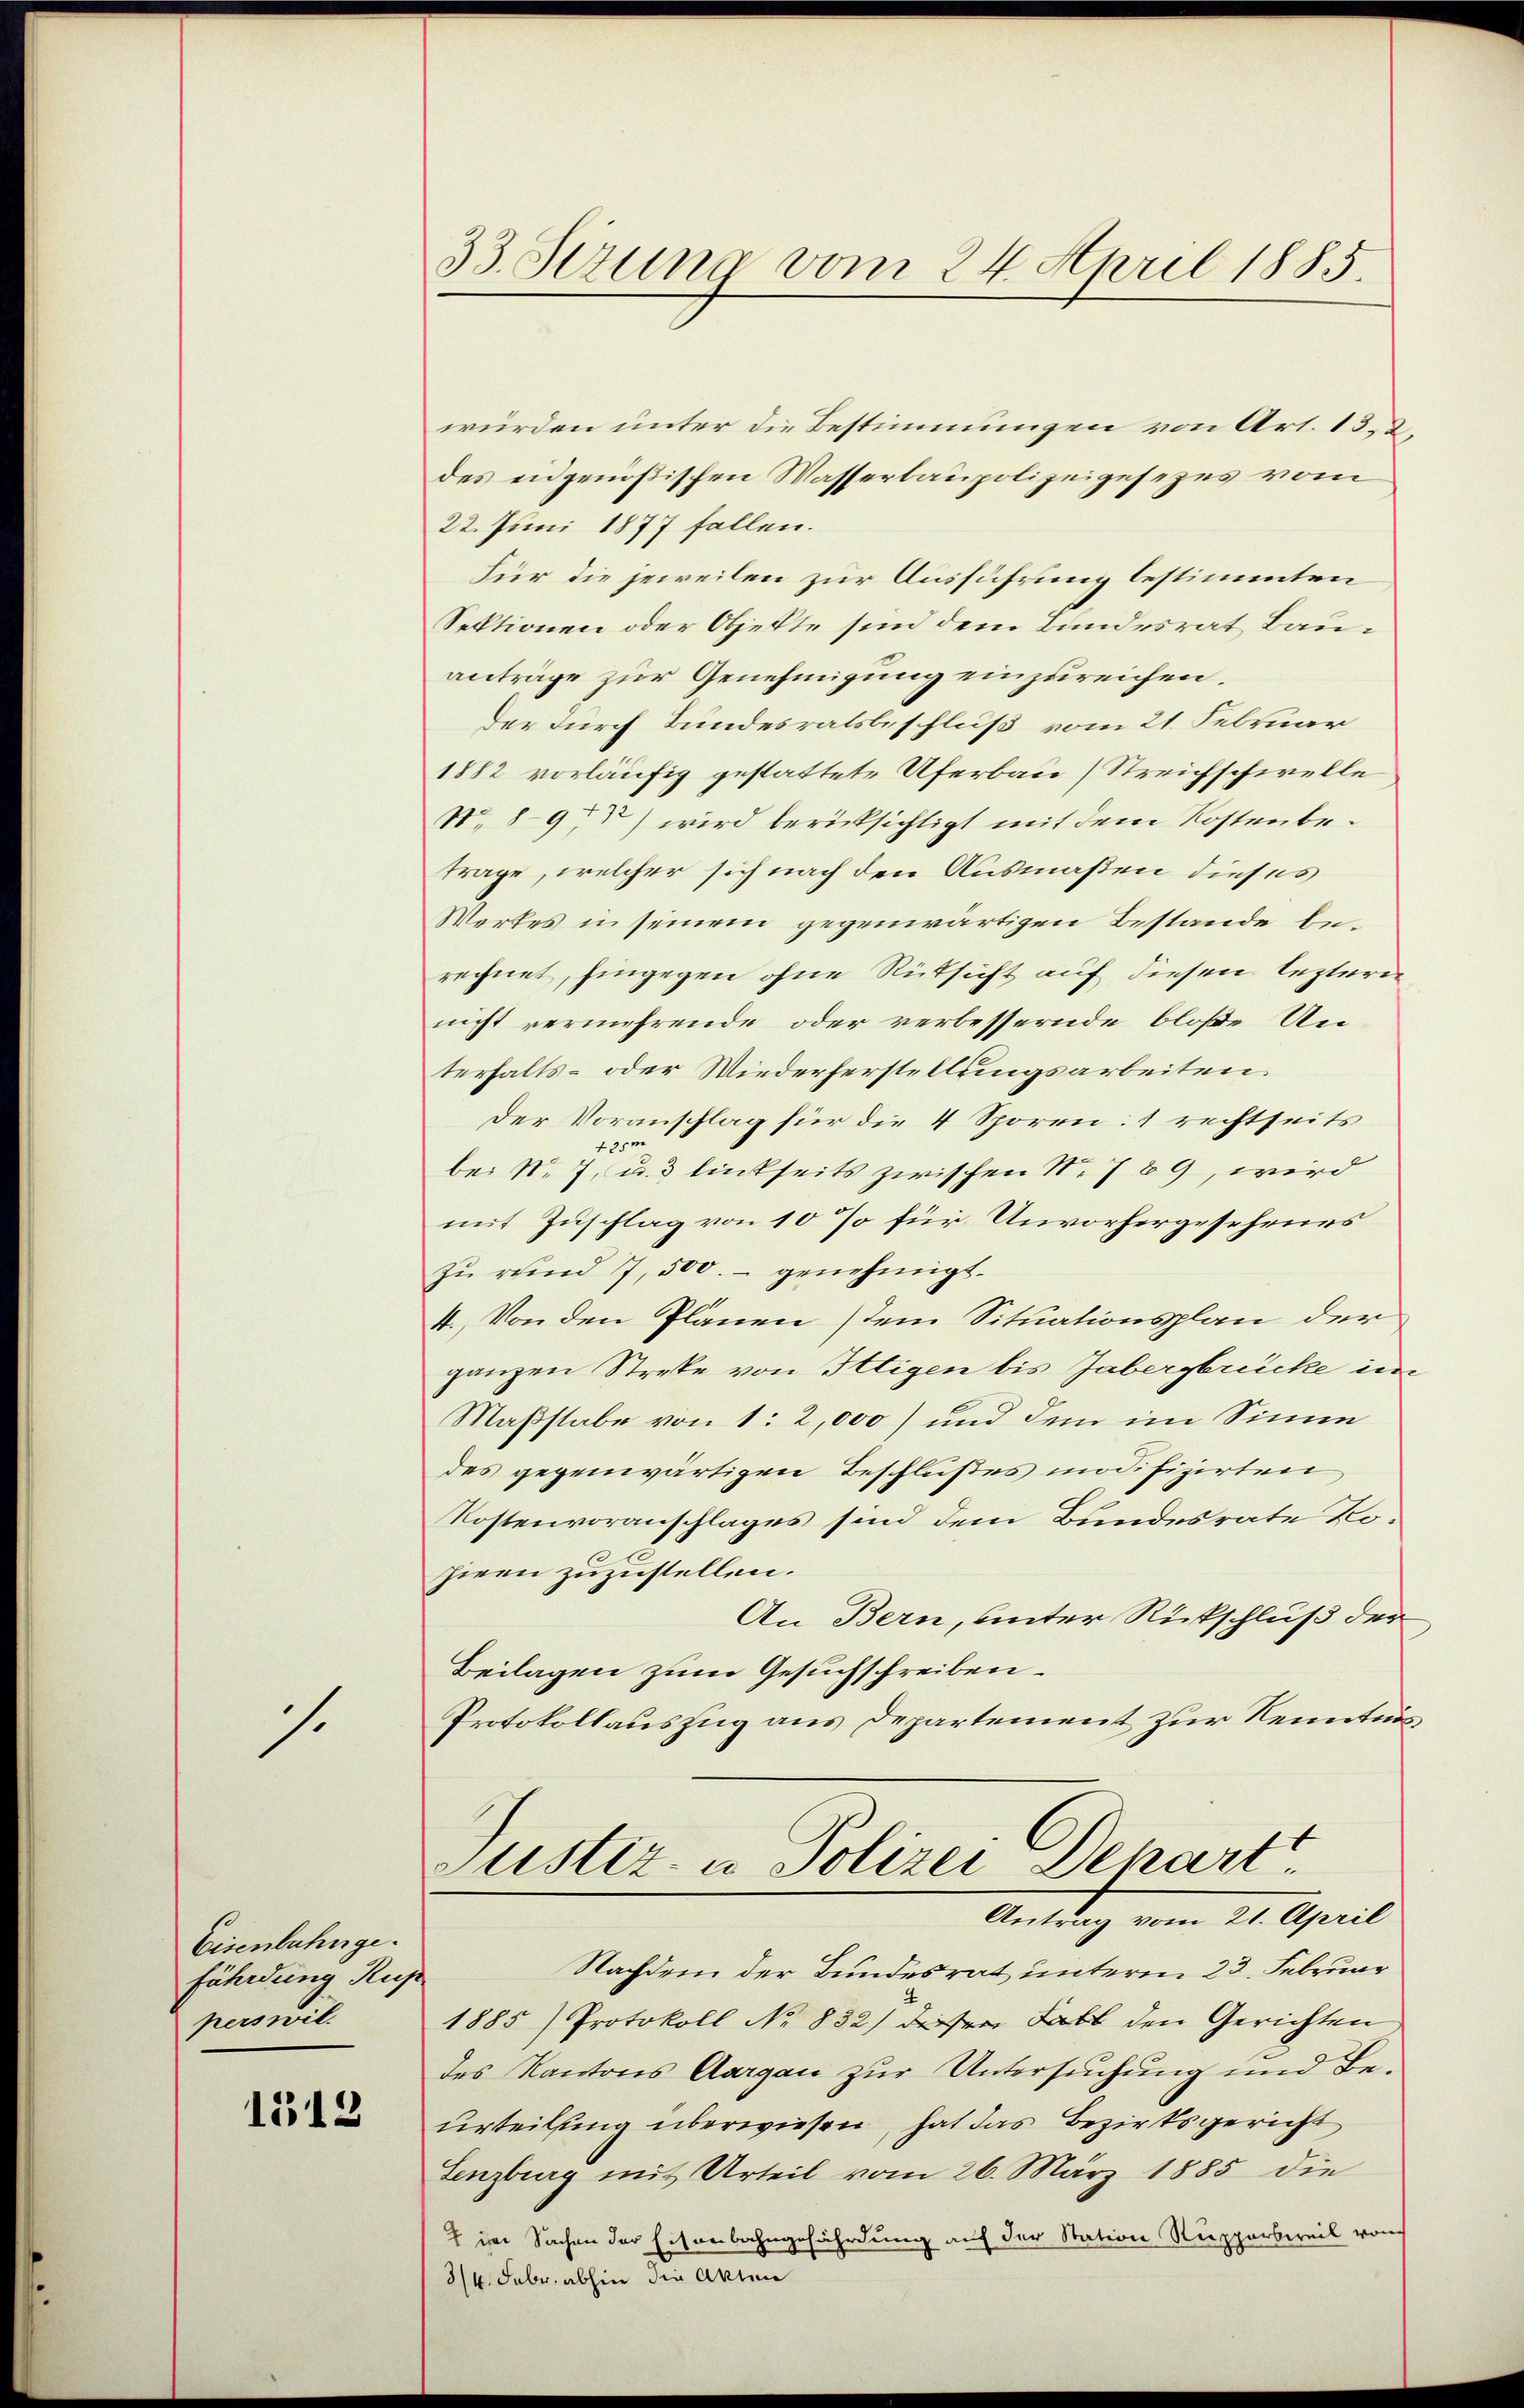
s.

Eisenbahnge.
fährdung Kup
perswil.

1512

33. Sizung vom 24. April 1885.

würden unter die Bestimmungen von Art. 13, 2,
des eidgenößischen Wasserbaupolizeigesezes vom
22. Juni 1877 fallen.
Für die jeweilen zur Ausführung bestimmten
Sektionen oder Objekte sind dem Bundesrat Bauanträge zur Genehmigung einzureichen.
der durch Bundesratsbeschluß vom 21. Februar
1882 vorläufig gestattete Uferbau (Streichschwelle
No 89) wird berücksichtigt mit dem Kostenbetrage, welcher sich nach den Ausmaßen dieses
Werkes in seinem gegenwärtigen Bestande berechnet, hingegen ohne Rücksicht auf diesen lezteren
nicht vermehrende oder verbessernde bloße Unterhalts- oder Wiederherstellungsarbeiten.
Der Voranschlag für die 4 Sporen: 1 rechtseits
bei No 7 u. 3 linkseits zwischen S. 789, wird
mit Zuschlag von 10 % für Unvorhergesehenes
zu rund 7, 500.- genehmigt.
4. Von den Plänen (dem Situationsplan der
ganzen Streke von Iltigen bis Jabergbrücke im
Maßstabe von 1: 2,000) und dem im Sinne
des gegenwärtigen Beschlußes indifizirten,
Kostenvoranschlages sind dem Bundesrate Kohieen zuzustellen.
An Bern, unter Rückschluß der
Beilagen zum Gesuchschreiben.
Protokollauszug aus Departement zur Kenntnis
Justiz- u Polizei Depart.
Antrag vom 21. April
Nachdem der Bundesrat unterm 23. Februar
1885) Protokoll No 832) diesen Fall den Gerichten
des Kantons Aargau zur Untersuchung und Beurteilung überwiesen, hat das Bezirksgericht
Lenzberg mit Urteil vom 26. März 1885 die
7 im Sachen der Eisenbahngefährdung auf der Station Ruppersweil von
3/4. Febr. abhin die Akten